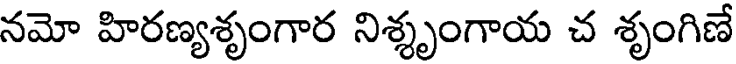
నమో హిరణ్యశృంగార నిశ్శృంగాయ చ శృంగిణే